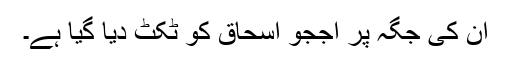
ان کی جگہ پر اججو اسحاق کو ٹکٹ دیا گیا ہے۔